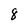
Character: 8